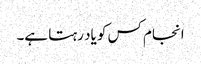
انجام کس کو یاد رہتا ہے۔